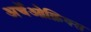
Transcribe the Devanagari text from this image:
अर्चेओक्निक्स